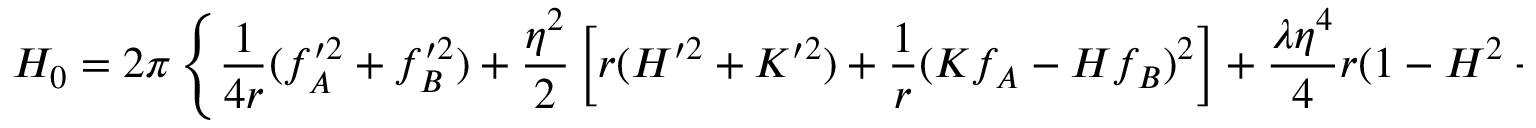
H _ { 0 } = 2 \pi \left\{ \frac { 1 } { 4 r } ( f _ { A } ^ { \prime 2 } + f _ { B } ^ { \prime 2 } ) + \frac { \eta ^ { 2 } } { 2 } \left[ r ( H ^ { \prime 2 } + K ^ { \prime 2 } ) + \frac { 1 } { r } ( K f _ { A } - H f _ { B } ) ^ { 2 } \right] + \frac { \lambda \eta ^ { 4 } } { 4 } r ( 1 - H ^ { 2 } - K ^ { 2 } ) ^ { 2 } \right\}